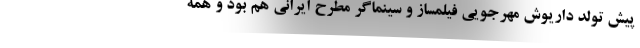
پیش تولد داریوش مهرجویی فیلمساز و سینماگر مطرح ایرانی هم بود و همه